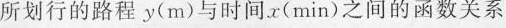
所划行的路程y(m)与时间x(min)之间的函数关系